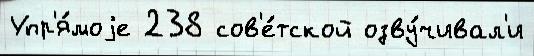
Упр'я́моjе 238 сов'е́тской озву́чивал'и